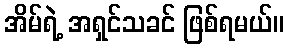
အိမ်ရဲ့ အရှင်သခင် ဖြစ်ရမယ်။